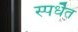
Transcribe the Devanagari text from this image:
स्पर्धॆत